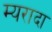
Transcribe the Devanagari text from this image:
म्यरादा